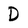
Character: D